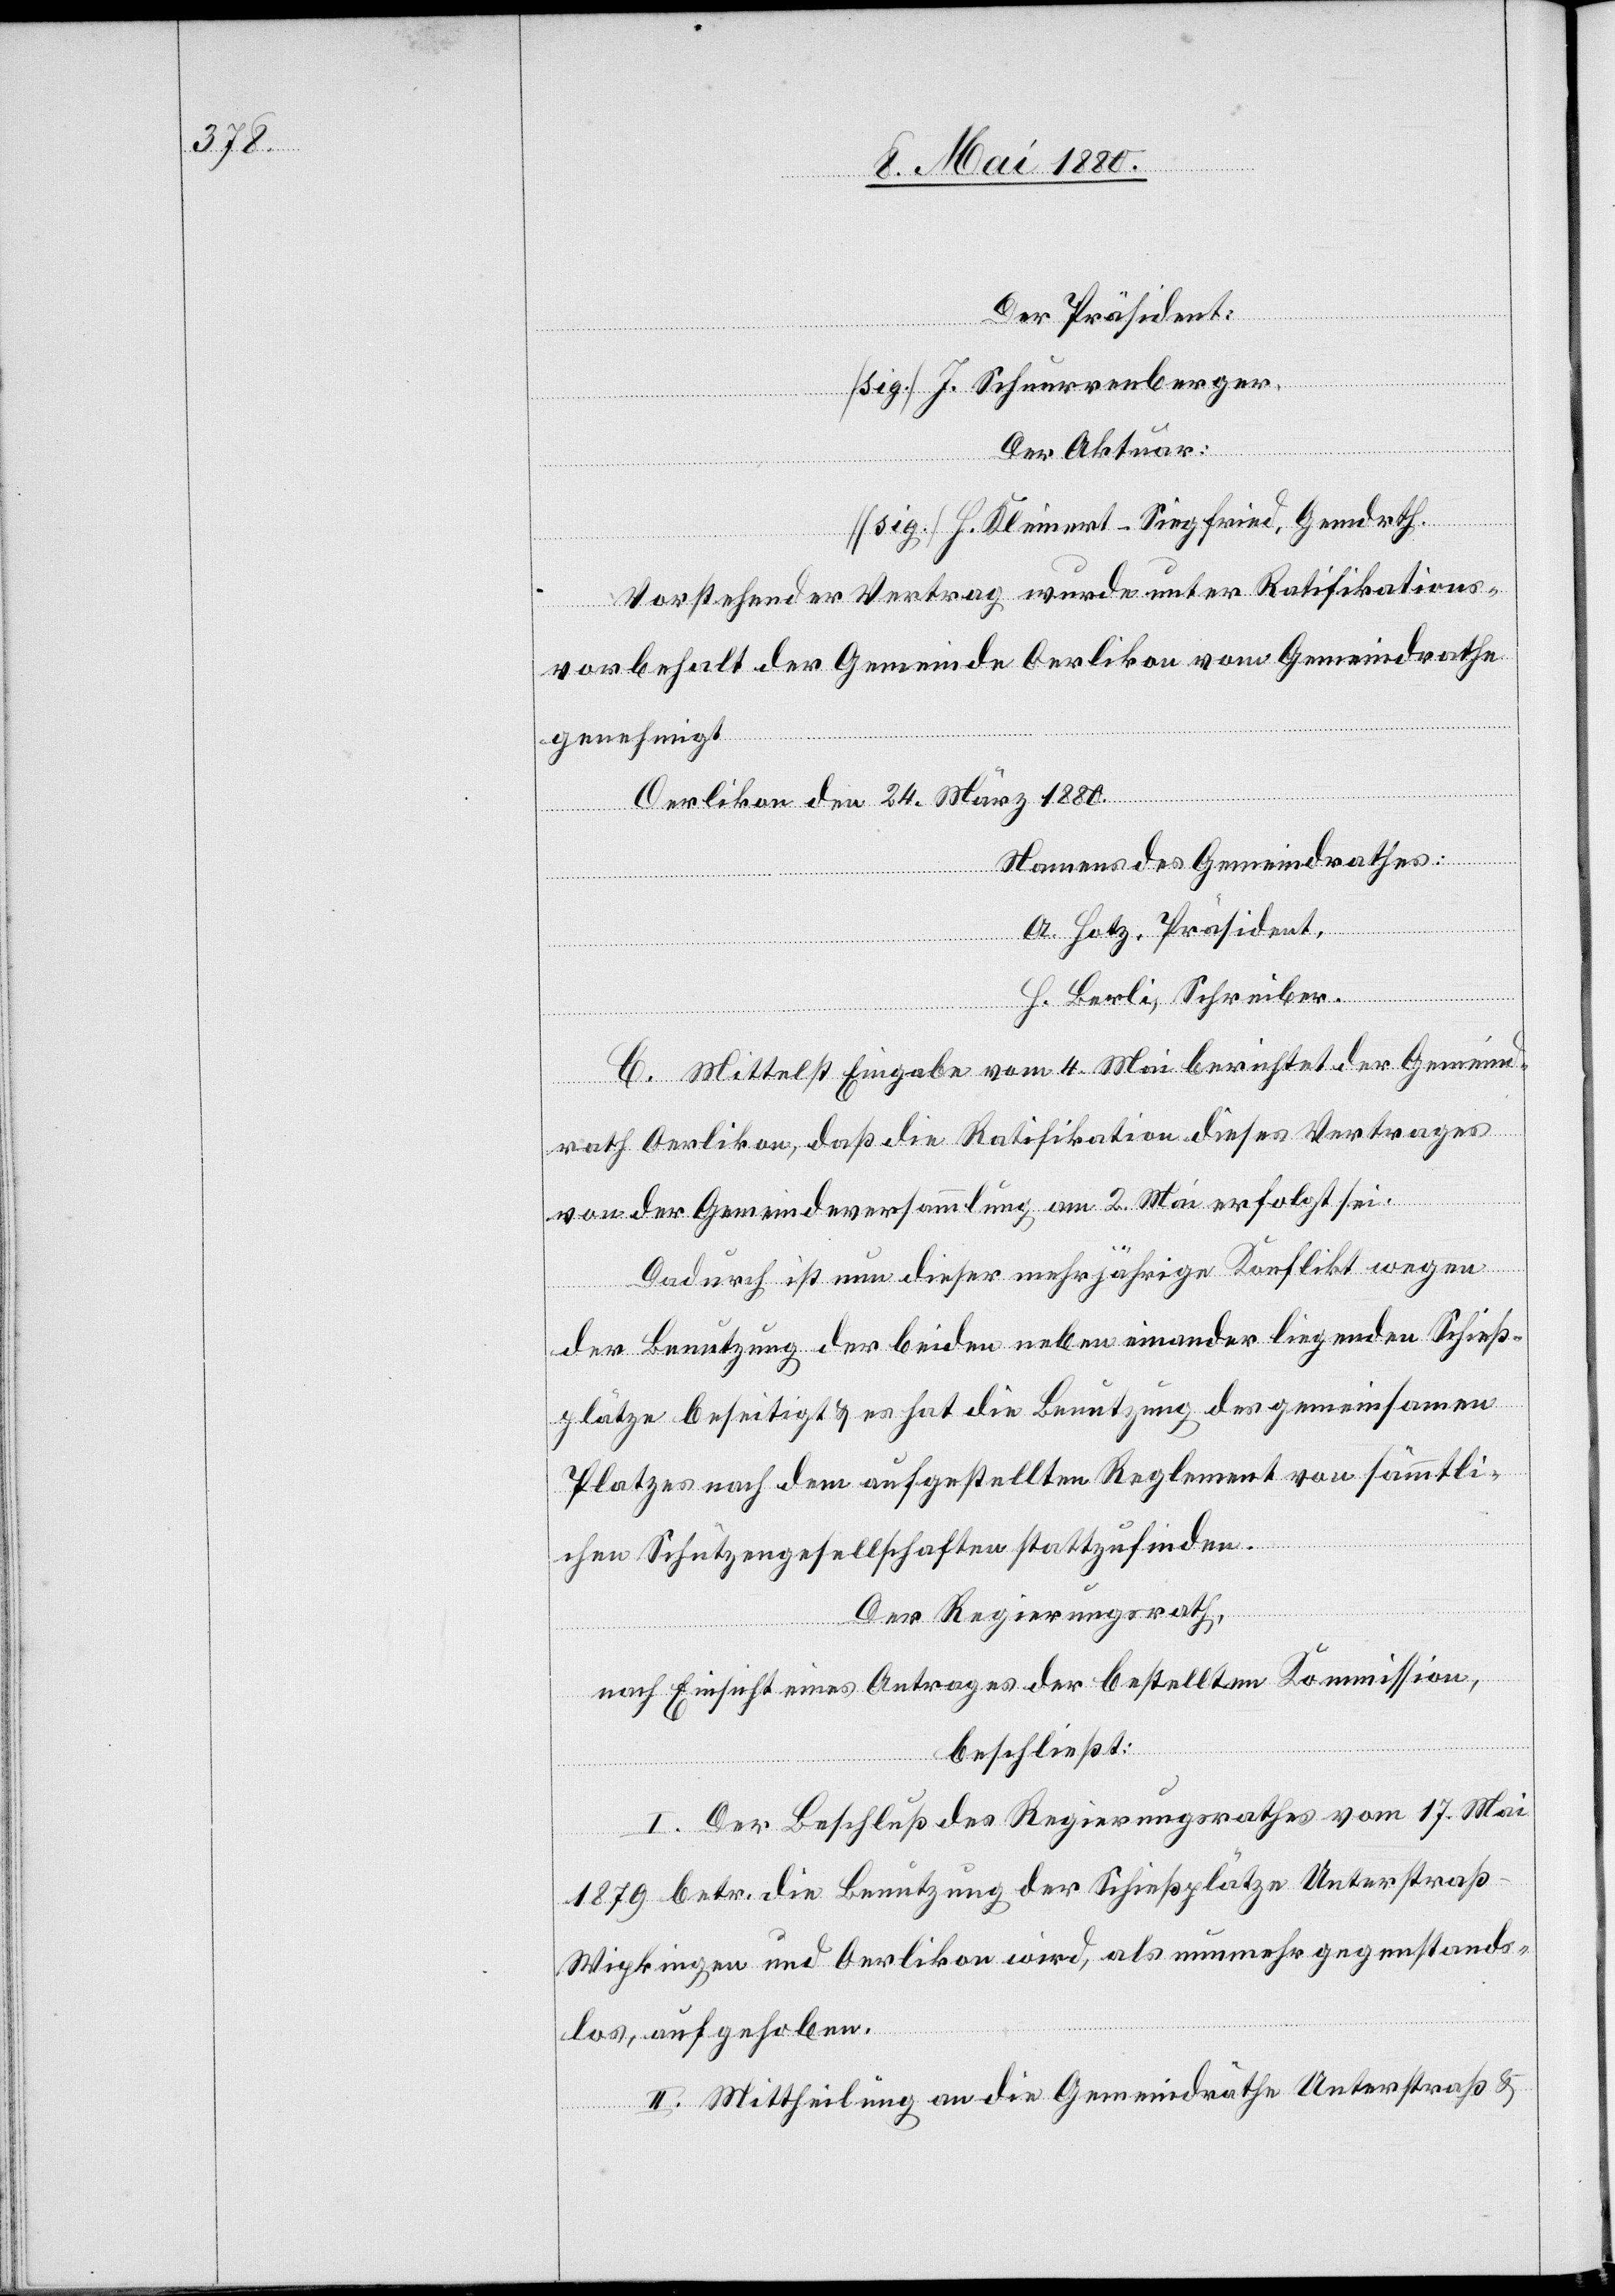
Der Präsident:
[sig.] J. Schnurrenberger.
Der Aktuar:
[sig.] H. Kleinert-Siegfried, Gemdrth.
Vorstehender Vertrag wurde unter Ratifikations¬
vorbehalt der Gemeinde Oerlikon vom Gemeindrathe
genehmigt.
Oerlikon den 24. März 1880.
Namens des Gemeindrathes:
A. Hotz, Präsident.
H. Beerli, Schreiber.
C. Mittelst Eingabe vom 4. Mai berichtet der Gemeind¬
rath Oerlikon, daß die Ratifikation dieses Vertrages
von der Gemeindeversammlung am 2. Mai erfolgt sei.
Dadurch ist nun dieser mehrjährige Konflikt wegen
der Benutzung der beiden nebeneinander liegenden Schieß¬
plätze beseitigt & es hat die Benutzung des gemeinsamen
Platzes nach dem aufgestellten Reglement von sämmtli¬
chen Schützengesellschaften stattzufinden.
Der Regierungsrath,
nach Einsicht eines Antrages der bestellten Kommission,
beschließt:
I. Der Beschluß des Regierungsrathes vom 17. Mai
1879 betr. die Benutzung der Schießplätze Unterstraß-W¬
ipkingen und Oerlikon wird, als nunmehr gegenstands¬
los, aufgehoben.
II. Mittheilung an die Gemeindräthe Unterstraß &